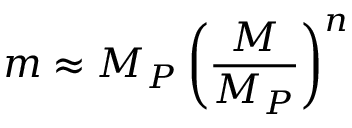
m \approx M _ { P } \left( \frac { M } { M _ { P } } \right) ^ { n }